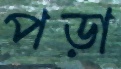
পড়া